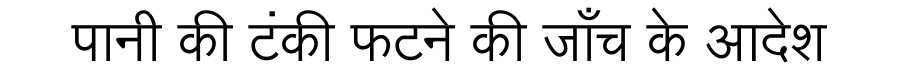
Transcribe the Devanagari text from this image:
पानी की टंकी फटने की जाँच के आदेश